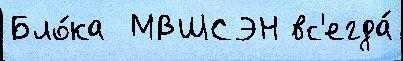
Бло́ка  МВШСЭН вс'егда́